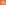
-